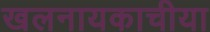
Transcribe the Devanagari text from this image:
खलनायकाचीया